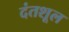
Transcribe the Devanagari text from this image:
दंतशूल